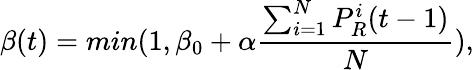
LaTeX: \beta(t)=min(1,\beta_{0}+\alpha\frac{\sum_{i=1}^{N}P_{R}^{i}(t-1)}{N}),